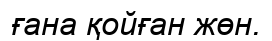
ғана қойған жөн.